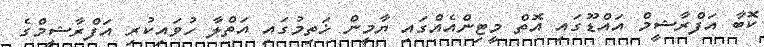
ކޮބާ އަފްރާޝީމް އައްޑޫގައި އޮތް މީޓިންއެއްގައި ޔާމީން ޚަތިމުގައި އަތްލާ ހުވައިކުރި އަފްރާޝީމްގެ